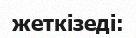
жеткізеді: